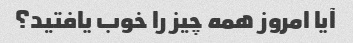
آیا امروز همه چیز را خوب یافتید؟